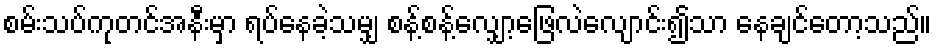
စမ်းသပ်ကုတင်အနီးမှာ ရပ်နေခဲ့သမျှ စန့်စန့်လျှော့ဖြေလဲလျောင်း၍သာ နေချင်တော့သည်။